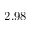
2 . 9 8